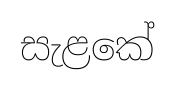
සැළකේ